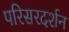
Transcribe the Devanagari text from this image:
परिसरदर्शन